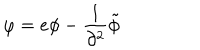
\varphi = e \phi - { \frac { 1 } { \partial ^ { 2 } } } \tilde { \phi }